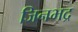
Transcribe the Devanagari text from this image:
जिनभद्र